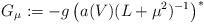
LaTeX: \begin{align*}G_\mu:=-g\left(a(V)(L+\mu^2 )^{-1}\right)^*\end{align*}